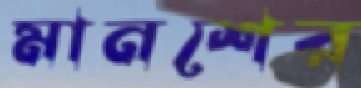
মানশের